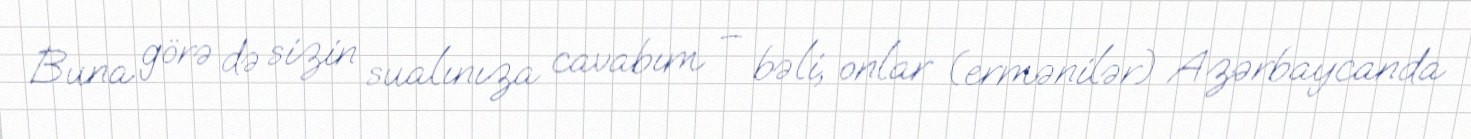
Buna görə də sizin sualınıza cavabım – bəli, onlar (ermənilər) Azərbaycanda